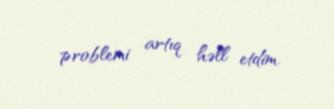
problemi artıq həll etdim.